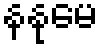
နနုမေ